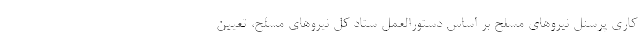
کاری پرسنل نیروهای مسلح بر اساس دستورالعمل ستاد کل نیروهای مسلح، تعیین